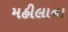
મહીલાના